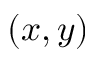
( x , y )